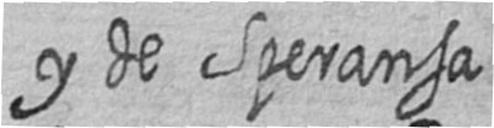
y de Speransa